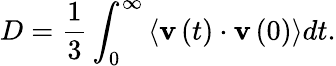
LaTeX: D=\frac{1}{3}\int_{0}^{\infty}\left<{\mathbf v}\left(t\right)\cdot{\mathbf v}\left(0\right)\right>dt.